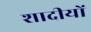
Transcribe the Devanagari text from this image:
शादीयों